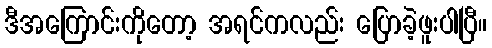
ဒီအကြောင်းကိုတော့ အရင်ကလည်း ပြောခဲ့ဖူးပါပြီ။